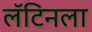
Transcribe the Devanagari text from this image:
लॅटिनला